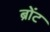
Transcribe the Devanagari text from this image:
ब्रोंट